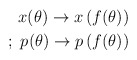
\begin{align*}x(\theta) \rightarrow x \left( f(\theta) \right) \\;\; p(\theta) \rightarrow p\left( f(\theta) \right)\end{align*}